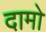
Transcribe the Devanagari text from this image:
दामो